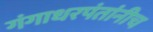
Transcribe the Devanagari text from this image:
गंगाधरपंतांनीच